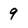
Character: 9